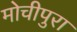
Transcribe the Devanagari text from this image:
मोचीपुरा